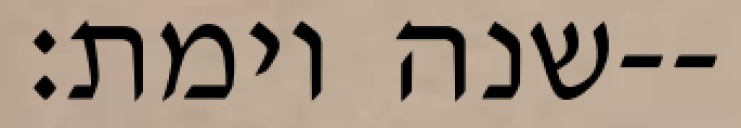
שנה וימת׃--